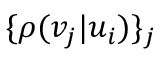
\{ \rho ( v _ { j } | u _ { i } ) \} _ { j }